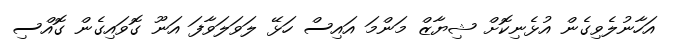
އަހާނުލެވިގެން އުޅެނިކޮށް ޝިޔާޒް މަންމަ އައިސް ހަޅޭ ލަވަލަވާފަ އަނޫ ގޮވައިގެން ގޮއްސި